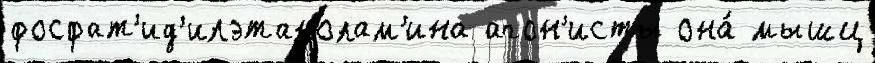
фосфат'ид'илэтанолам'ина агон'исты она́ мышц